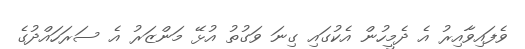
ވެފައިވާއިރު އެ ދެމީހުން އެކުގައި ގިނަ ވަގުތު އުޅޭ މަންޒަރު އެ ސަރަހައްދުގެ